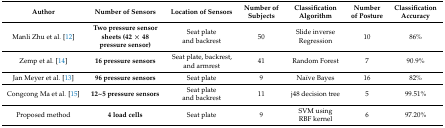
| Author | Number of Sensors | Location of Sensors | Number of Subjects | Classification Algorithm | Number of Posture | Classification Accuracy |
 | --- | --- | --- | --- | --- | --- | --- |
 | Manli Zhu et al. [12] | Two pressure sensor sheets (42 × 48 pressure sensor) | Seat plate and backrest | 50 | Slide inverse Regression | 10 | 86% |
 | Zemp et al. [14] | 16 pressure sensors | Seat plate, backrest, and armrest | 41 | Random Forest | 7 | 90.9% |
 | Jan Meyer et al. [13] | 96 pressure sensors | Seat plate | 9 | Naïve Bayes | 16 | 82% |
 | Congcong Ma et al. [15] | 12~5 pressure sensors | Seat plate and backrest | 11 | j48 decision tree | 5 | 99.51% |
 | Proposed method | 4 load cells | Seat plate | 9 | SVM using RBF kernel | 6 | 97.20% |